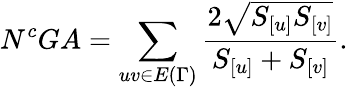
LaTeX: N^{c}GA=\sum_{uv\in E{(\Gamma)}}\frac{2\sqrt{S_{[u]}S_{[v]}}}{S_{[u]}+S_{[v]}}.